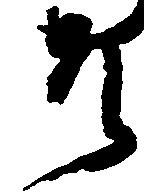
そ